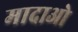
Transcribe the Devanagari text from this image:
मादाओ